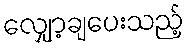
လျှော့ချပေးသည့်